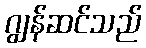
ဂျွန်ဆင်သည်